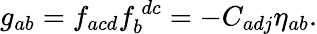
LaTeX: g_{ab}=f_{acd}f_{b}^{~dc}=-C_{adj}\eta_{ab}.